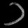
Digit: ၁